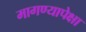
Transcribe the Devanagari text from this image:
मागण्यापेक्षा